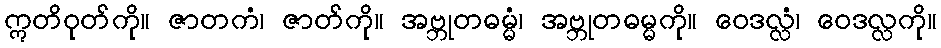
ဣတိဝုတ်ကို။ ဇာတကံ၊ ဇာတ်ကို။ အဗ္ဘုတဓမ္မံ၊ အဗ္ဘုတဓမ္မကို။ ဝေဒလ္လံ၊ ဝေဒလ္လကို။